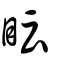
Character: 眃